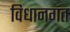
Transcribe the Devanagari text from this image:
विधानगत